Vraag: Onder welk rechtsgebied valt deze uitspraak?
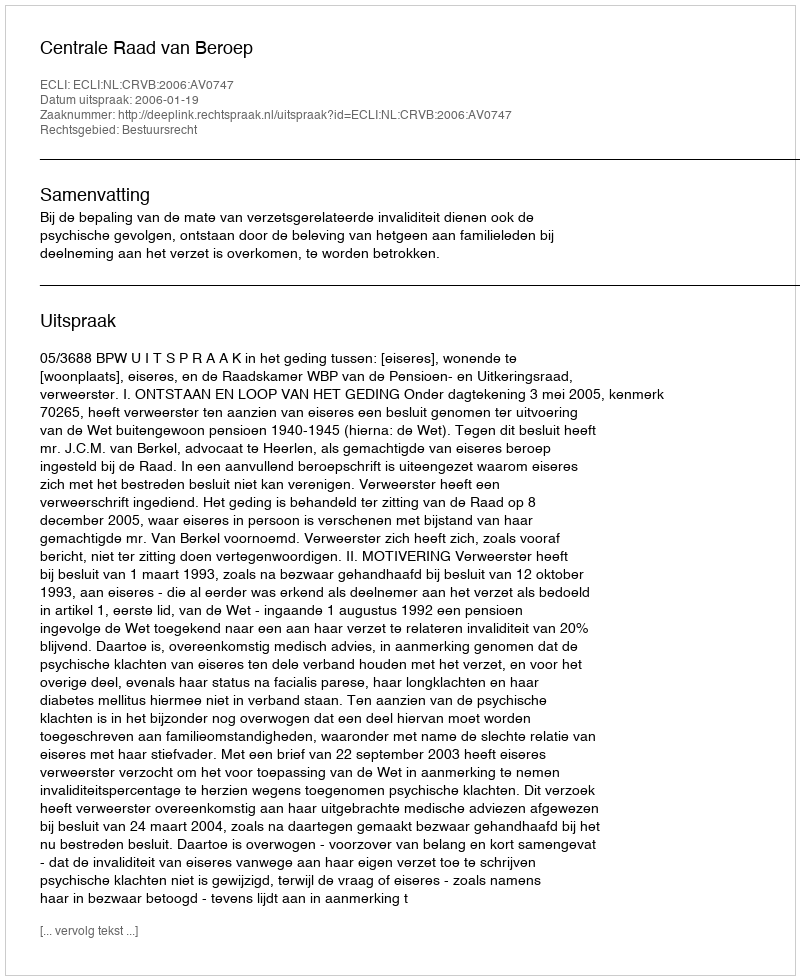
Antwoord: Bestuursrecht